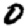
Digit: 0